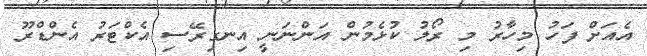
އެއަށް ފަހު މިހާރު މި ރޯލު ކުޅެމުން އަންނަނީ އިނގިރޭސި އެކްޓަރު އެންޑްރޫ